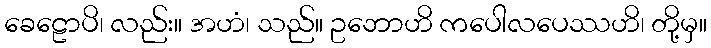
ခေဠောပိ၊ လည်း။ အဟံ၊ သည်။ ဥဘောဟိ ကပေါလပေဿဟိ၊ တို့မှ။